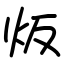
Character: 炍